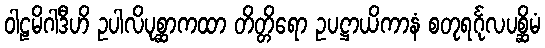
ဝါဠမိဂါဒီဟိ ဥပါလိပုစ္ဆာကထာ တိတ္တိရော ဥပဋ္ဌာယိကာနံ စတုရင်္ဂုလပစ္ဆိမံ